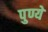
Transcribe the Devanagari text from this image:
पुण्ये